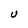
Character: U